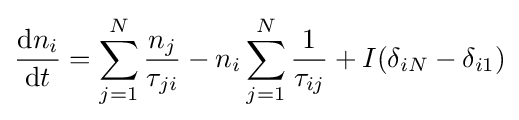
{\frac {\mathrm {d} n_{i}}{\mathrm {d} t}}=\sum \limits _{j=1}^{N}{\frac {n_{j}}{\tau _{ji}}}-n_{i}\sum \limits _{j=1}^{N}{\frac {1}{\tau _{ij}}}+I(\delta _{iN}-\delta _{i1})